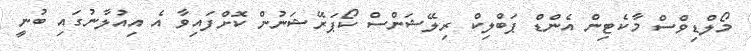
މޯލްޑިވްސް މާކެޓިން އެންޑް ޕަބްލިކް ރިލޭޝަންސް ކޯޕަރޭޝަނުން ކޮށްފައިވާ އެ އިއުލާނުގައި ބުނީ